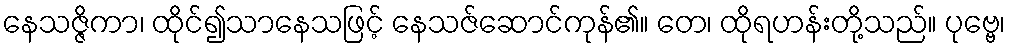
နေသဇ္ဇိကာ၊ ထိုင်၍သာနေသဖြင့် နေသဇ်ဆောင်ကုန်၏။ တေ၊ ထိုရဟန်းတို့သည်။ ပုဗ္ဗေ၊